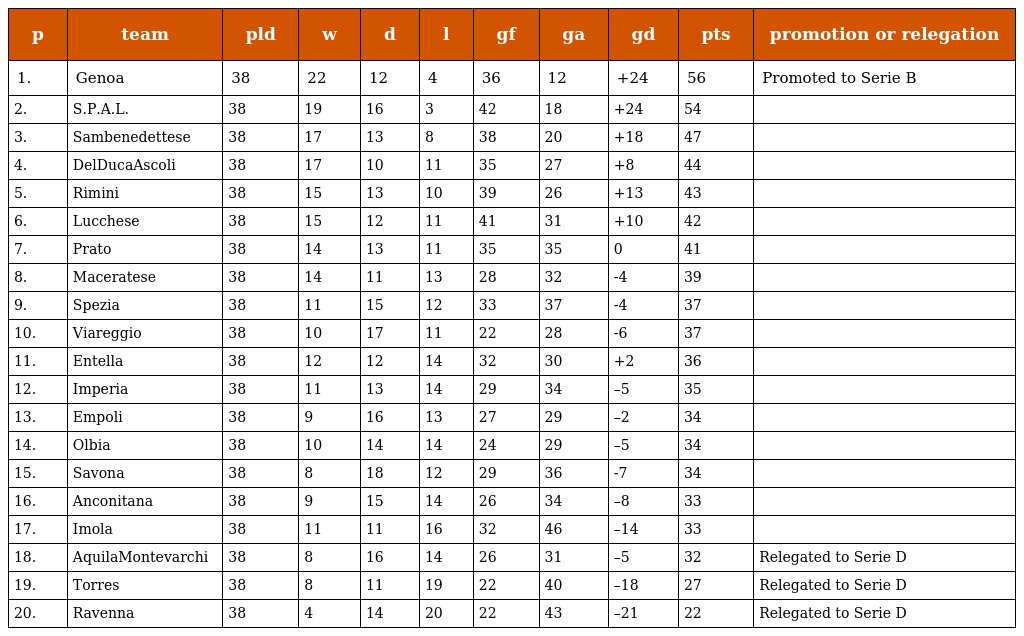
| p | team | pld | w | d | l | gf | ga | gd | pts | promotion or relegation |
 | --- | --- | --- | --- | --- | --- | --- | --- | --- | --- | --- |
 | 1. | Genoa | 38 | 22 | 12 | 4 | 36 | 12 | +24 | 56 | Promoted to Serie B |
 | 2. | S.P.A.L. | 38 | 19 | 16 | 3 | 42 | 18 | +24 | 54 |  |
 | 3. | Sambenedettese | 38 | 17 | 13 | 8 | 38 | 20 | +18 | 47 |  |
 | 4. | DelDucaAscoli | 38 | 17 | 10 | 11 | 35 | 27 | +8 | 44 |  |
 | 5. | Rimini | 38 | 15 | 13 | 10 | 39 | 26 | +13 | 43 |  |
 | 6. | Lucchese | 38 | 15 | 12 | 11 | 41 | 31 | +10 | 42 |  |
 | 7. | Prato | 38 | 14 | 13 | 11 | 35 | 35 | 0 | 41 |  |
 | 8. | Maceratese | 38 | 14 | 11 | 13 | 28 | 32 | -4 | 39 |  |
 | 9. | Spezia | 38 | 11 | 15 | 12 | 33 | 37 | -4 | 37 |  |
 | 10. | Viareggio | 38 | 10 | 17 | 11 | 22 | 28 | -6 | 37 |  |
 | 11. | Entella | 38 | 12 | 12 | 14 | 32 | 30 | +2 | 36 |  |
 | 12. | Imperia | 38 | 11 | 13 | 14 | 29 | 34 | –5 | 35 |  |
 | 13. | Empoli | 38 | 9 | 16 | 13 | 27 | 29 | –2 | 34 |  |
 | 14. | Olbia | 38 | 10 | 14 | 14 | 24 | 29 | –5 | 34 |  |
 | 15. | Savona | 38 | 8 | 18 | 12 | 29 | 36 | -7 | 34 |  |
 | 16. | Anconitana | 38 | 9 | 15 | 14 | 26 | 34 | –8 | 33 |  |
 | 17. | Imola | 38 | 11 | 11 | 16 | 32 | 46 | –14 | 33 |  |
 | 18. | AquilaMontevarchi | 38 | 8 | 16 | 14 | 26 | 31 | –5 | 32 | Relegated to Serie D |
 | 19. | Torres | 38 | 8 | 11 | 19 | 22 | 40 | –18 | 27 | Relegated to Serie D |
 | 20. | Ravenna | 38 | 4 | 14 | 20 | 22 | 43 | –21 | 22 | Relegated to Serie D |